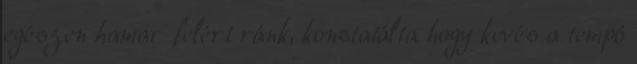
egészen hamar felért ránk, konstatálta hogy kevés a tempó